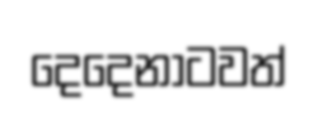
දෙදෙනාටවත්